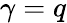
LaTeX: \gamma=q